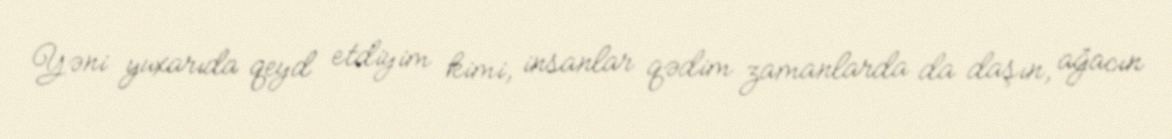
Yəni yuxarıda qeyd etdiyim kimi, insanlar qədim zamanlarda da daşın, ağacın